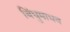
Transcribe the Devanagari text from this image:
बिंधुमाधव